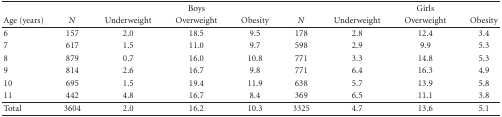
|  |  |  | Boys |  |  |  | Girls |  |
 | Age (years) | N | Underweight | Overweight | Obesity | N | Underweight | Overweight | Obesity |
 | --- | --- | --- | --- | --- | --- | --- | --- | --- |
 | 6 | 157 | 2.0 | 18.5 | 9.5 | 178 | 2.8 | 12.4 | 3.4 |
 | 7 | 617 | 1.5 | 11.0 | 9.7 | 598 | 2.9 | 9.9 | 5.3 |
 | 8 | 879 | 0.7 | 16.0 | 10.8 | 771 | 3.3 | 14.8 | 5.3 |
 | 9 | 814 | 2.6 | 16.7 | 9.8 | 771 | 6.4 | 16.3 | 4.9 |
 | 10 | 695 | 1.5 | 19.4 | 11.9 | 638 | 5.7 | 13.9 | 5.8 |
 | 11 | 442 | 4.8 | 16.7 | 8.4 | 369 | 6.5 | 11.1 | 3.8 |
 | Total | 3604 | 2.0 | 16.2 | 10.3 | 3325 | 4.7 | 13.6 | 5.1 |